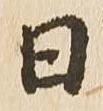
日